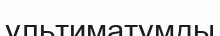
ультиматумды